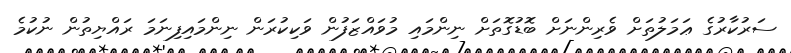
ސަރުކާރުގެ ޢަމަލުތަށް ވެރިންނަށް ބޮޑުގޮތަށް ނިންމައި މުވައްޒަފުން ވަކިކުރަން ނިންމައިފިނަމަ ރައްޔިތުން ނުކުމެ